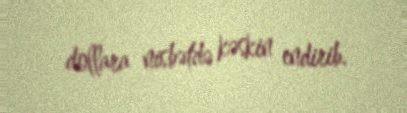
dollara nisbətdə kəskin endirib.